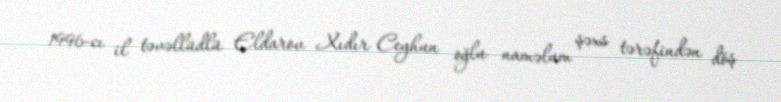
1996-cı il təvəllüdlü Eldarov Xıdır Ceyhun oğlu naməlum şəxs tərəfindən döş